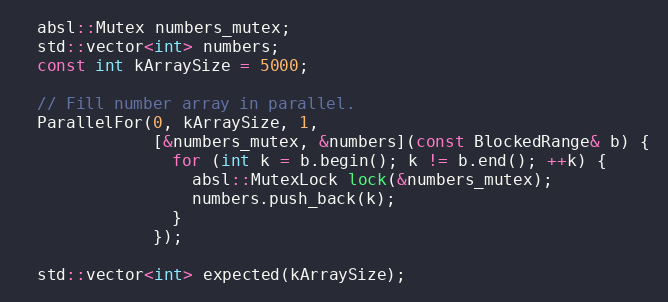
Language: C++
  absl::Mutex numbers_mutex;
  std::vector<int> numbers;
  const int kArraySize = 5000;

  // Fill number array in parallel.
  ParallelFor(0, kArraySize, 1,
              [&numbers_mutex, &numbers](const BlockedRange& b) {
                for (int k = b.begin(); k != b.end(); ++k) {
                  absl::MutexLock lock(&numbers_mutex);
                  numbers.push_back(k);
                }
              });

  std::vector<int> expected(kArraySize);